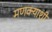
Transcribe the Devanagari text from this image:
मणक्याशी